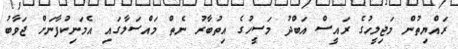
ރައްޔިތުން މަޖިލީހުގެ ރައީސް އަބްދު މަސީހުގެ އިތުބާރު ނެތް މައްސަލާގައި އެމަނިކުފާނަށް ޖަވާބު